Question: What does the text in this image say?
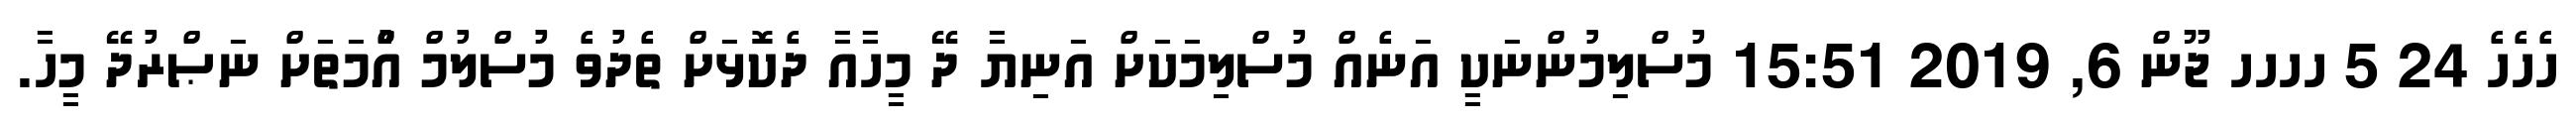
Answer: ހެހެހެ 24 5 ހހހހ ޖޫން 6, 2019 15:51 މުސްލިމުންނަކީ އަނެއް މުސްލިމަކަށް އަނިޔާ ދޭ މީހާއާ ދެކޮޅަށް ތެދުވެ މުސްލުމް އުެްމަތަށް ނަޞްރުދޭ މީހާ.